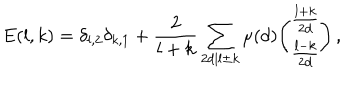
LaTeX: E ( l , k ) = \delta _ { l , 2 } \delta _ { k , 1 } + \frac { 2 } { l + k } \sum _ { 2 d | l \pm k } \mu ( d ) { \binom { \frac { l + k } { 2 d } } { \frac { l - k } { 2 d } } } \, ,